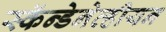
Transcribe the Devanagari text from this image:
स्कॅन्डेनेव्हीयन